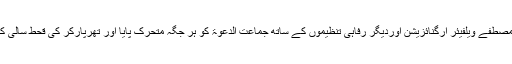
2010ء کے سیلاب کے دوران بھی جنوبی پنجاب میں الخدمت فائونڈیشن، المصطفے ویلفیئر آرگنائزیشن اوردیگر رفاہی تنظیموں کے ساتھ جماعت الدعوۃ کو ہر جگہ متحرک پایا اور تھرپارکر کی قحط سالی کا مقابلہ بھی مقامی آبادی نے پاک فوج اور جماعت الدعوۃ کی معیت میں کیا۔